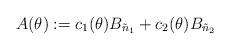
LaTeX: \begin{align*} A(\theta):=c_1(\theta) B_{\tilde{n}_1}+c_2(\theta) B_{\tilde{n}_2}\end{align*}